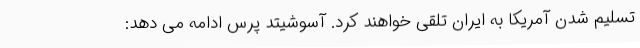
تسلیم شدن آمریکا به ایران تلقی خواهند کرد. آسوشیتد پرس ادامه می دهد: